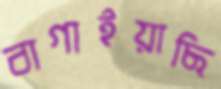
বাগাইয়াছি